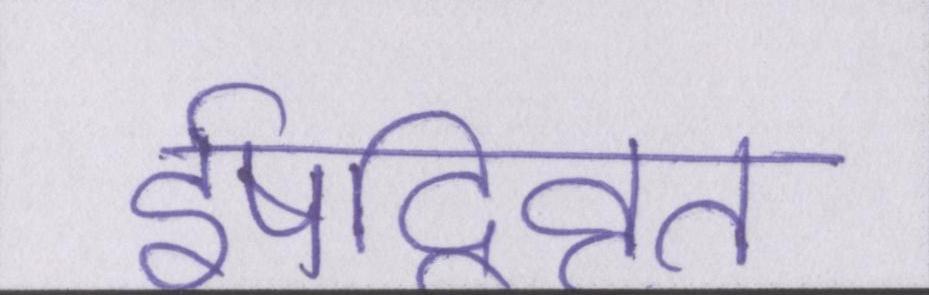
ईषद्विवृत